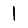
Digit: 1